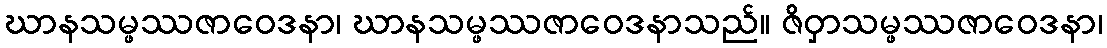
ဃာနသမ္ဖဿဇာဝေဒနာ၊ ဃာနသမ္ဖဿဇာဝေဒနာသည်။ ဇိဝှာသမ္ဖဿဇာဝေဒနာ၊